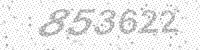
Solution: 853622